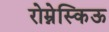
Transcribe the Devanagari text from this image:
रोम्नेस्किऊ